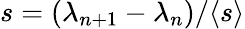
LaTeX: s=(\lambda_{n+1}-\lambda_{n})/\langle s\rangle